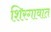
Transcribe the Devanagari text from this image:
शिरगावात